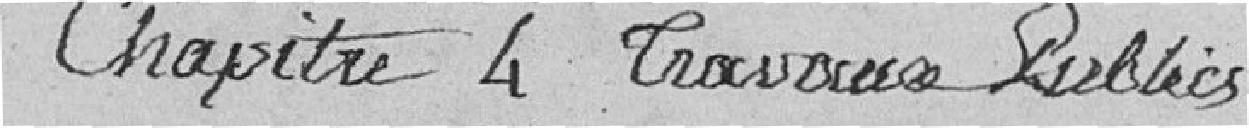
Chapitre 4 Travaux Publics